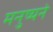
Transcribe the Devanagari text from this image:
मनुष्यने